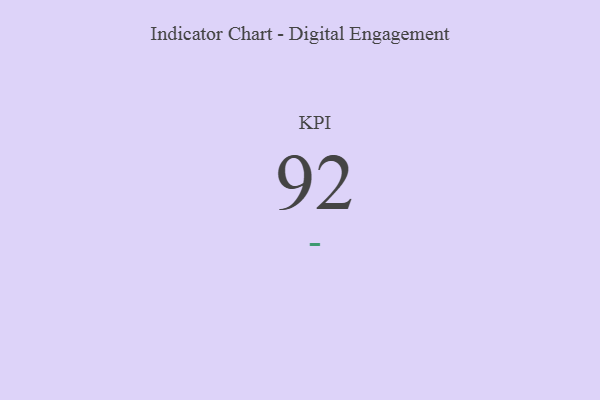
{"axis": {"x": "KPI", "y": "Value"}, "legend": [""], "data": [{"x": "KPI", "y": 92, "type": ""}]}